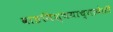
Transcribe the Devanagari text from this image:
वाङनिश्चयाच्यावेळी